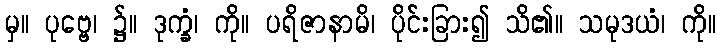
မှ။ ပုဗ္ဗေ၊ ၌။ ဒုက္ခံ၊ ကို။ ပရိဇာနာမိ၊ ပိုင်းခြား၍ သိ၏။ သမုဒယံ၊ ကို။